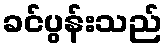
ခင်ပွန်းသည်